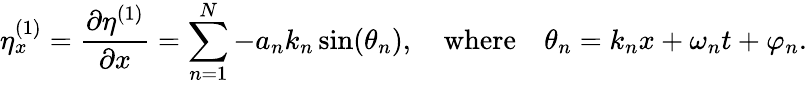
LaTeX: \eta_{x}^{(1)}=\frac{\partial\eta^{(1)}}{\partial x}=\sum_{n=1}^{N}-a_{n}k_{n}\sin(\theta_{n}),\quad\mathrm{where}\quad\theta_{n}=k_{n}x+\omega_{n}t+\varphi_{n}.